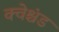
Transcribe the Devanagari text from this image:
क्वेश्चंड